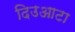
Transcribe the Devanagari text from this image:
दिउआटा